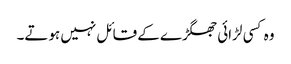
وہ کسی لڑائی جھگڑے کے قائل نہیں ہوتے۔